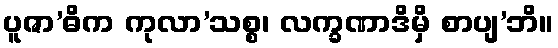
ပူဇာ’ဓိက ကုလာ’သစ္စ၊ လက္ခဏာဒိမှိ စာပျ’ဘိ။